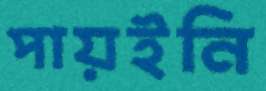
পায়ইনি